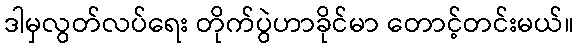
ဒါမှလွတ်လပ်ရေး တိုက်ပွဲဟာခိုင်မာ တောင့်တင်းမယ်။